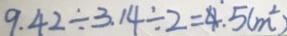
9 . 4 2 \div 3 . 1 4 \div 2 = 4 . 5 ( m ^ { 2 } )